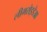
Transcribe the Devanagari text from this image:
लीमरोइडेआ